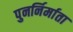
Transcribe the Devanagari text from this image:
पुनर्निर्माता